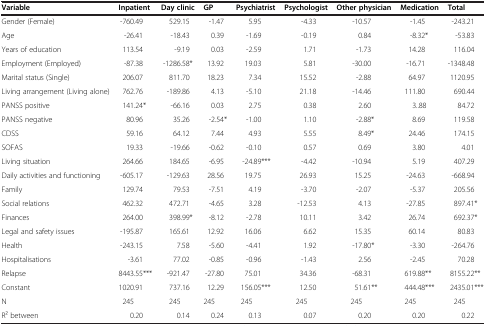
<table><thead><tr><td><b>Variable</b></td><td><b>Inpatient</b></td><td><b>Day clinic</b></td><td><b>GP</b></td><td><b>Psychiatrist</b></td><td><b>Psychologist</b></td><td><b>Other physician</b></td><td><b>Medication</b></td><td><b>Total</b></td></tr></thead><tbody><tr><td>Gender (Female)</td><td>-760.49</td><td>529.15</td><td>-1.47</td><td>5.95</td><td>-4.33</td><td>-10.57</td><td>-1.45</td><td>-243.21</td></tr><tr><td>Age</td><td>-26.41</td><td>-18.43</td><td>0.39</td><td>-1.69</td><td>-0.19</td><td>0.84</td><td>-8.32*</td><td>-53.83</td></tr><tr><td>Years of education</td><td>113.54</td><td>-9.19</td><td>0.03</td><td>-2.59</td><td>1.71</td><td>-1.73</td><td>14.28</td><td>116.04</td></tr><tr><td>Employment (Employed)</td><td>-87.38</td><td>-1286.58*</td><td>13.92</td><td>19.03</td><td>5.81</td><td>-30.00</td><td>-16.71</td><td>-1348.48</td></tr><tr><td>Marital status (Single)</td><td>206.07</td><td>811.70</td><td>18.23</td><td>7.34</td><td>15.52</td><td>-2.88</td><td>64.97</td><td>1120.95</td></tr><tr><td>Living arrangement (Living alone)</td><td>762.76</td><td>-189.86</td><td>4.13</td><td>-5.10</td><td>21.18</td><td>-14.46</td><td>111.80</td><td>690.44</td></tr><tr><td>PANSS positive</td><td>141.24*</td><td>-66.16</td><td>0.03</td><td>2.75</td><td>0.38</td><td>2.60</td><td>3..88</td><td>84.72</td></tr><tr><td>PANSS negative</td><td>80.96</td><td>35.26</td><td>-2.54*</td><td>-1.00</td><td>1.10</td><td>-2.88*</td><td>8.69</td><td>119.58</td></tr><tr><td>CDSS</td><td>59.16</td><td>64.12</td><td>7.44</td><td>4.93</td><td>5.55</td><td>8.49*</td><td>24.46</td><td>174.15</td></tr><tr><td>SOFAS</td><td>19.33</td><td>-19.66</td><td>-0.62</td><td>-0.10</td><td>0.57</td><td>0.69</td><td>3.80</td><td>4.01</td></tr><tr><td>Living situation</td><td>264.66</td><td>184.65</td><td>-6.95</td><td>-24.89***</td><td>-4.42</td><td>-10.94</td><td>5.19</td><td>407.29</td></tr><tr><td>Daily activities and functioning</td><td>-605.17</td><td>-129.63</td><td>28.56</td><td>19.75</td><td>26.93</td><td>15.25</td><td>-24.63</td><td>-668.94</td></tr><tr><td>Family</td><td>129.74</td><td>79.53</td><td>-7.51</td><td>4.19</td><td>-3.70</td><td>-2.07</td><td>-5.37</td><td>205.56</td></tr><tr><td>Social relations</td><td>462.32</td><td>472.71</td><td>-4.65</td><td>3.28</td><td>-12.53</td><td>4.13</td><td>-27.85</td><td>897.41*</td></tr><tr><td>Finances</td><td>264.00</td><td>398.99*</td><td>-8.12</td><td>-2.78</td><td>10.11</td><td>3.42</td><td>26.74</td><td>692.37*</td></tr><tr><td>Legal and safety issues</td><td>-195.87</td><td>165.61</td><td>12.92</td><td>16.06</td><td>6.62</td><td>15.35</td><td>60.14</td><td>80.83</td></tr><tr><td>Health</td><td>-243.15</td><td>7.58</td><td>-5.60</td><td>-4.41</td><td>1.92</td><td>-17.80*</td><td>-3.30</td><td>-264.76</td></tr><tr><td>Hospitalisations</td><td>-3.61</td><td>77.02</td><td>-0.85</td><td>-0.96</td><td>-1.43</td><td>2.56</td><td>-2.45</td><td>70.28</td></tr><tr><td>Relapse</td><td>8443.55***</td><td>-921.47</td><td>-27.80</td><td>75.01</td><td>34.36</td><td>-68.31</td><td>619.88**</td><td>8155.22**</td></tr><tr><td>Constant</td><td>1020.91</td><td>737.16</td><td>12.29</td><td>156.05***</td><td>12.50</td><td>51.61**</td><td>444.48***</td><td>2435.01***</td></tr><tr><td>N</td><td>245</td><td>245</td><td>245</td><td>245</td><td>245</td><td>245</td><td>245</td><td>245</td></tr><tr><td>R2 between</td><td>0.20</td><td>0.14</td><td>0.24</td><td>0.13</td><td>0.07</td><td>0.20</td><td>0.20</td><td>0.22</td></tr></tbody></table>